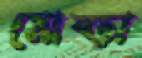
মোষ্‌ড়া